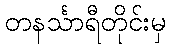
တနင်္သာရီတိုင်းမှ